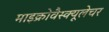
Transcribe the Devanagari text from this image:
माइक्रोवैस्क्यूलेचर